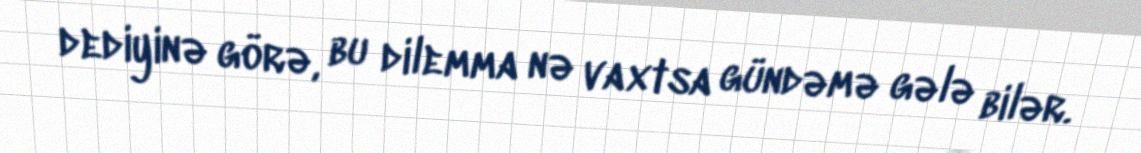
dediyinə görə, bu dilemma nə vaxtsa gündəmə gələ bilər.